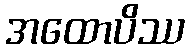
အထောပိဿ